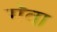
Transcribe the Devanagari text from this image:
गॅवा